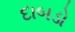
દાબડો